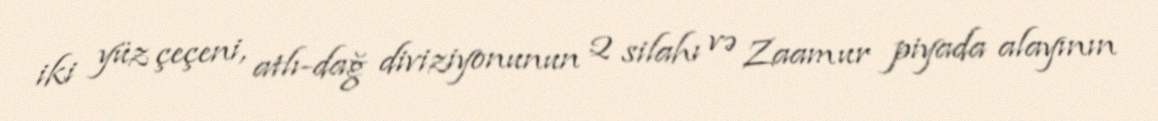
iki yüz çeçeni, atlı-dağ diviziyonunun 2 silahı və Zaamur piyada alayının